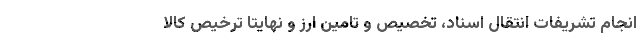
انجام تشریفات انتقال اسناد، تخصیص و تامین ارز و نهایتا ترخیص کالا